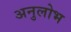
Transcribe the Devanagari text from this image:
अनुलोभ